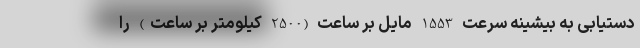
دستیابی به بیشینه سرعت 1553 مایل بر ساعت (2500 کیلومتر بر ساعت) را